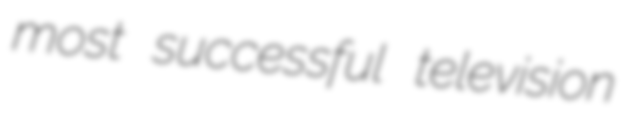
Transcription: most successful television